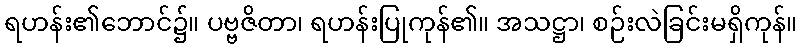
ရဟန်း၏ဘောင်၌။ ပဗ္ဗဇိတာ၊ ရဟန်းပြုကုန်၏။ အသဋ္ဌာ၊ စဉ်းလဲခြင်းမရှိကုန်။